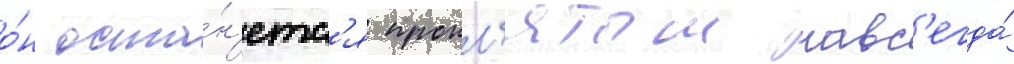
о́н оста́н'етс'я прокл'ятым навс'егда́